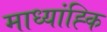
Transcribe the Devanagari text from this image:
माध्यांह्कि